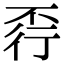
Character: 𧗩